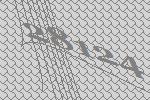
28124